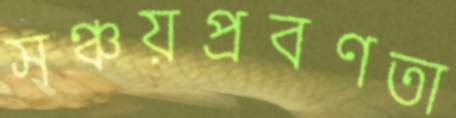
সঞ্চয়প্রবণতা